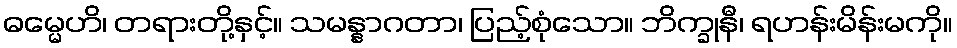
ဓမ္မေဟိ၊ တရားတို့နှင့်။ သမန္နာဂတာ၊ ပြည့်စုံသော။ ဘိက္ခုနီ၊ ရဟန်းမိန်းမကို။